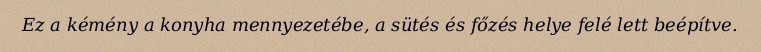
Ez a kémény a konyha mennyezetébe, a sütés és főzés helye felé lett beépítve.